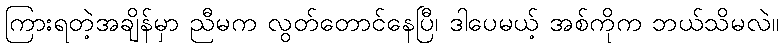
ကြားရတဲ့အချိန်မှာ ညီမက လွတ်တောင်နေပြီ၊ ဒါပေမယ့် အစ်ကိုက ဘယ်သိမလဲ။